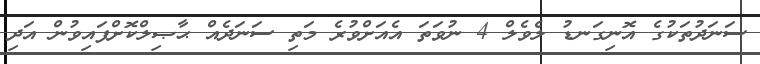
ސަނަދުތަކުގެ އޮނިގަނޑު ލެވެލް 4 ނުވަތަ އެއަށްވުރެ މަތި ސަނަދެއް ޙާޞިލްކޮށްފައިވުން އަދި